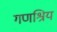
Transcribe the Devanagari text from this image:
गणश्रिय